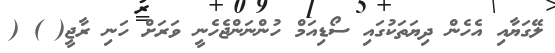
ލޭގަޔާއި އެހެން ދިޔަތަކުގައި ސޯޑިއަމް ހުންނަންޖެހެނީ ވަރަށް ހަނި ރާޖީ( ) (